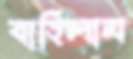
বাহিলাম